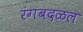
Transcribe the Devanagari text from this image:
रंगबदळल